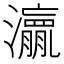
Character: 𱪋